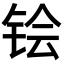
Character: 𬭇